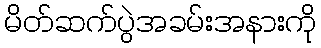
မိတ်ဆက်ပွဲအခမ်းအနားကို